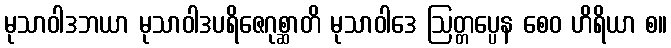
မုသာဝါဒဘယာ မုသာဝါဒပရိဇေဂုစ္ဆာတိ မုသာဝါဒေ ဩတ္တပ္ပေန စေဝ ဟိရိယာ စ။